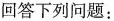
回答下列问题：